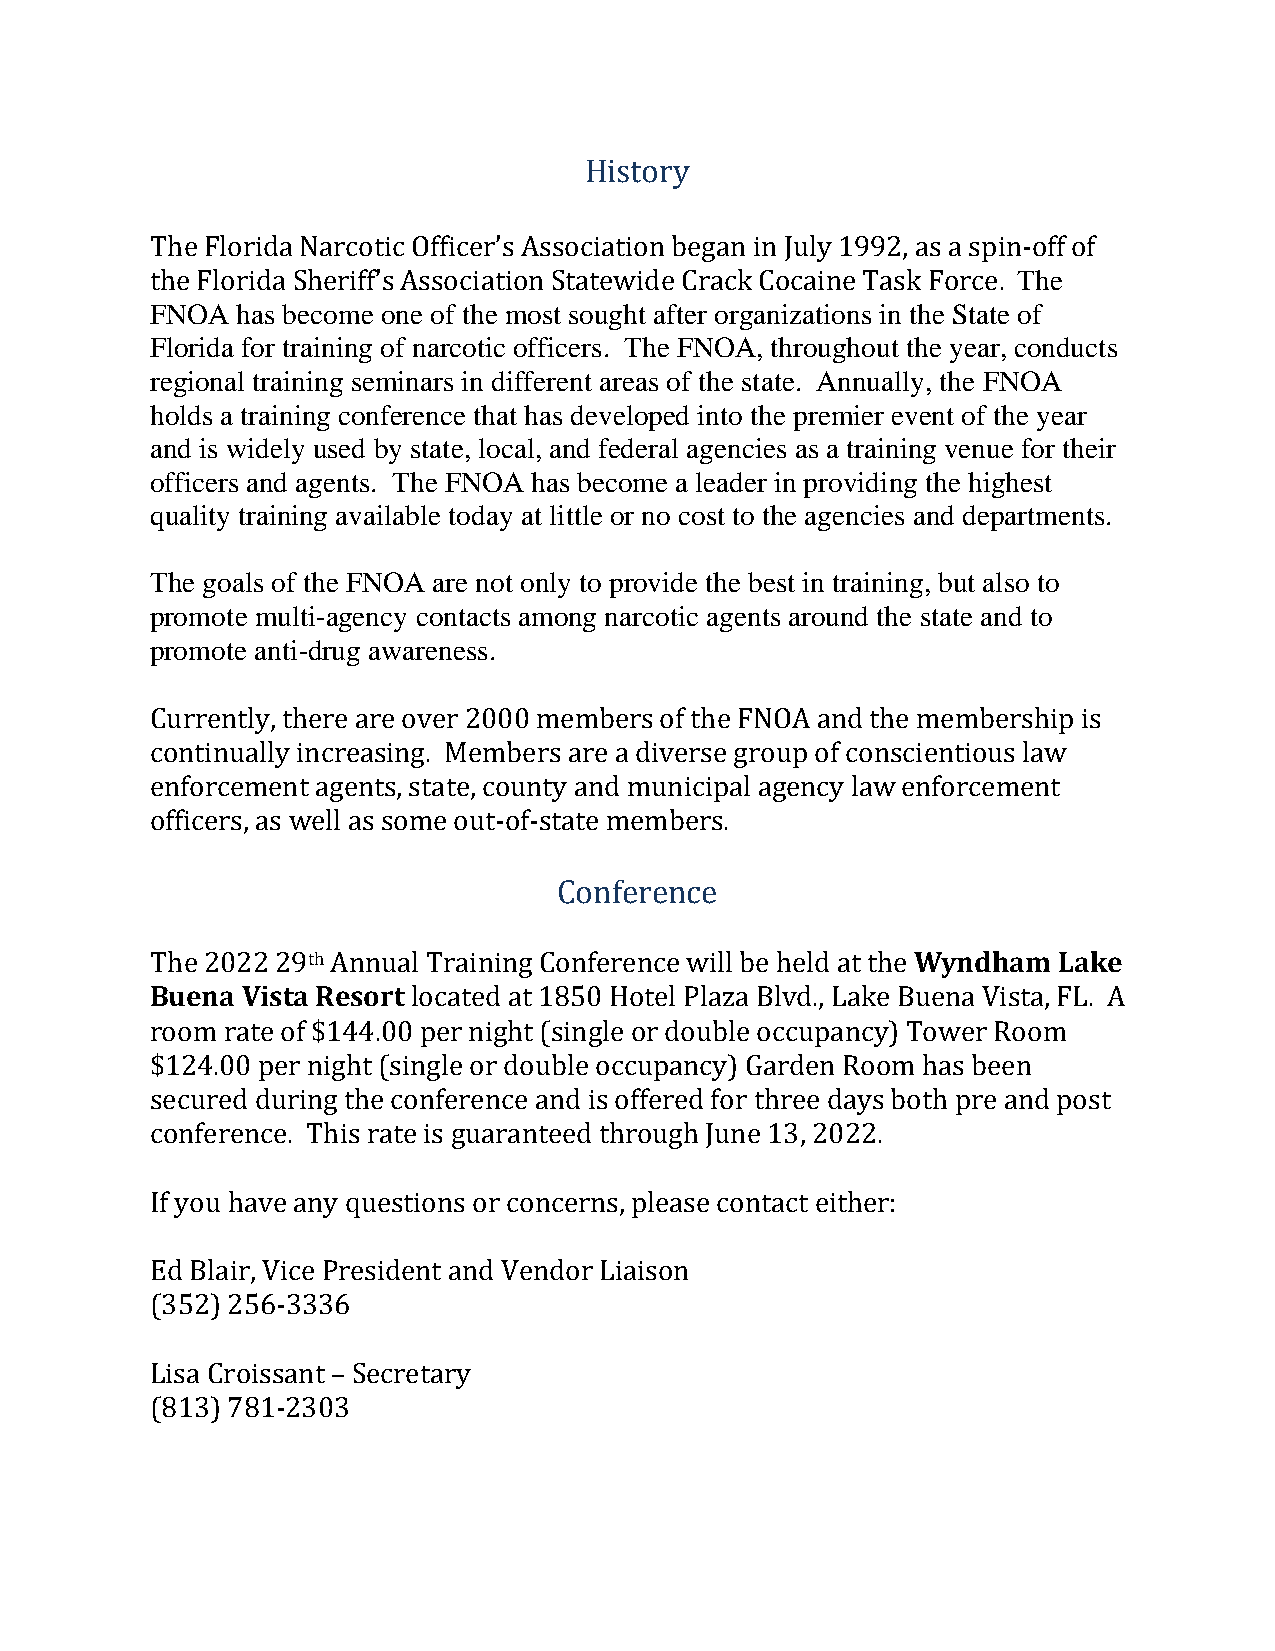
History
 The
 TFNheO FAlo hraids ab eNcaormcoe toicn eO offfi ctehre’ sm Aossst osociuagthiot na fbteerg oarng iann iJzualtyio 1n9s9 i2n , tahse aS tsaptein o-of ff of
 tFhloer Fidloa rfiodra t rSahineirnifgf ’os fA nsasroccoitaicti oofnf iScteartse. w Tihdee FCNraOcAk ,C tohcraoiungeh oTuats tkh Fe oyrecaer., conducts
 regional training seminars in different areas of the state. Annually, the FNOA
 holds a training conference that has developed into the premier event of the year
 and is widely used by state, local, and federal agencies as a training venue for their
 officers and agents. The FNOA has become a leader in providing the highest
 quality training available today at little or no cost to the agencies and departments.
 The goals of the FNOA are not only to provide the best in training, but also to
 promote multi-agency contacts among narcotic agents around the state and to
 promote anti-drug awareness.
 Currently, there are over 2000 members of the FNOA and the membership is
 continually increasing. Members are a diverse group of conscientious law
 enforcement agents, state, county and municipal agency law enforcement
 officers, as well as some out-of-state members.
 Conference              Wyndham  Lake
 B uena Vista Resort
 th
 The 2022 29 Annual Training Conference will be held at the
 located at 1850 Hotel Plaza Blvd., Lake Buena Vista, FL. A
 room rate of $144.00 per night (single or double occupancy) Tower Room
 $124.00 per night (single or double occupancy) Garden Room has been
 secured during the conference and is offered for three days both pre and post
 conference. This rate is guaranteed through June 13, 2022.
 If you have any questions or concerns, please contact either:
 Ed Blair, Vice President and Vendor Liaison
 (352) 256-3336
 Lisa Croissant – Secretary
 (813) 781-2303